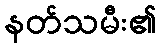
နတ်သမီး၏